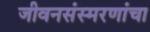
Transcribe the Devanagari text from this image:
जीवनसंस्मरणांचा